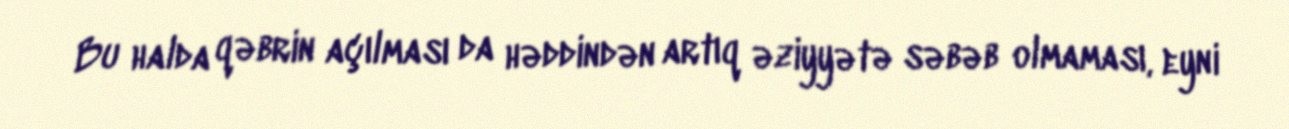
Bu halda qəbrin açılması da həddindən artıq əziyyətə səbəb olmaması, eyni